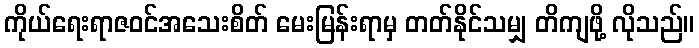
ကိုယ်ရေးရာဇဝင်အသေးစိတ် မေးမြန်းရာမှ တတ်နိုင်သမျှ တိကျဖို့ လိုသည်။